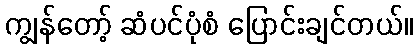
ကျွန်တော့် ဆံပင်ပုံစံ ပြောင်းချင်တယ်။